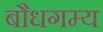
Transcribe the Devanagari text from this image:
बौधगम्य